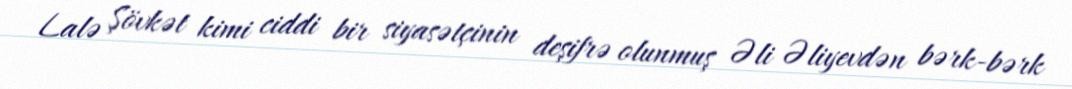
Lalə Şövkət kimi ciddi bir siyasətçinin deşifrə olunmuş Əli Əliyevdən bərk-bərk